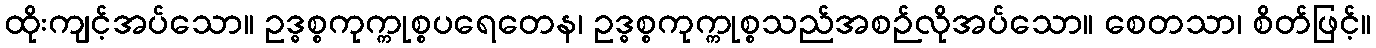
ထိုးကျင့်အပ်သော။ ဥဒ္ဓစ္စကုက္ကုစ္စပရေတေန၊ ဥဒ္ဓစ္စကုက္ကုစ္စသည်အစဉ်လိုအပ်သော။ စေတသာ၊ စိတ်ဖြင့်။